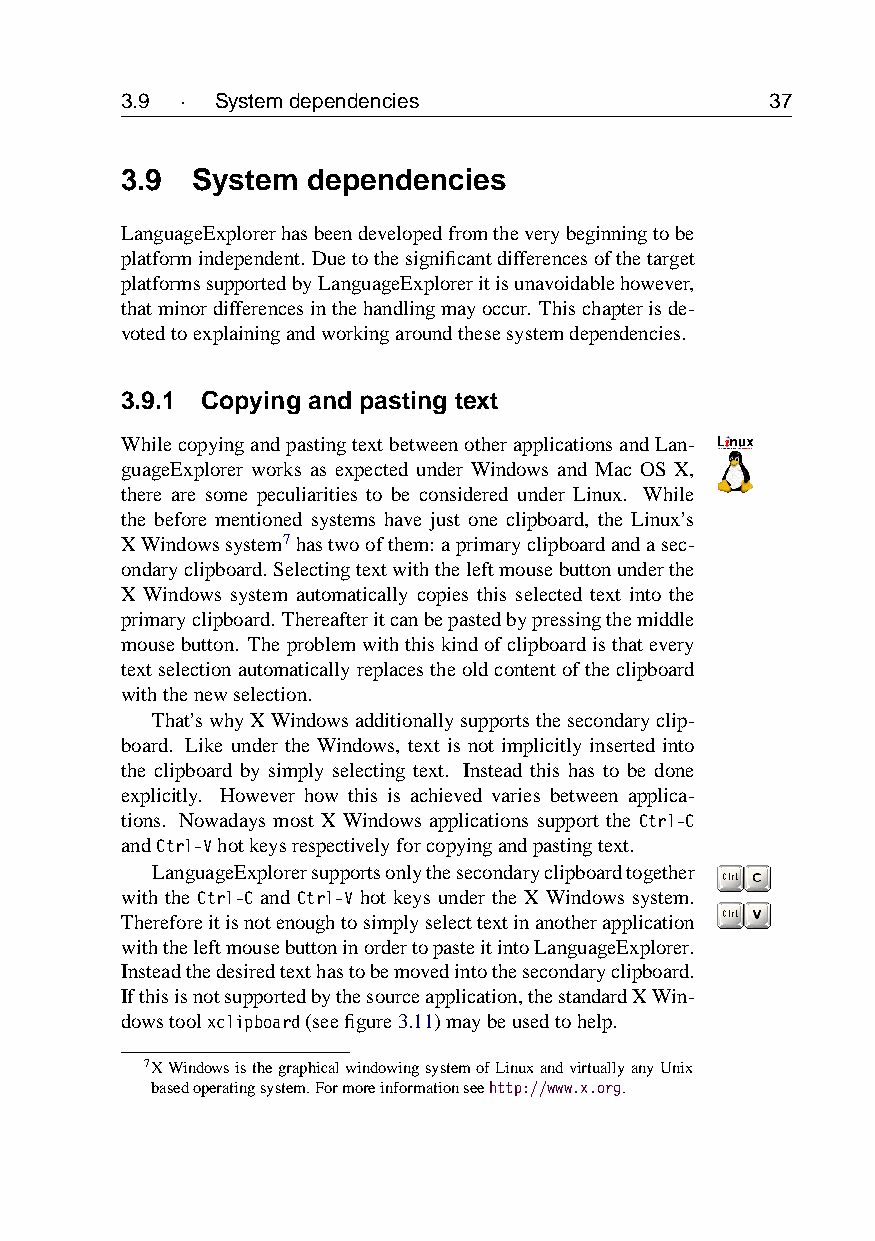
3.9 · Systemdependencies                   37
 3.9  System dependencies
 LanguageExplorerhasbeendevelopedfromtheverybeginningtobe
 platformindependent. Duetothesignificantdifferencesofthetarget
 platformssupportedbyLanguageExploreritisunavoidablehowever,
 thatminordifferencesinthehandlingmayoccur. Thischapterisde-
 votedtoexplainingandworkingaroundthesesystemdependencies.
 3.9.1 Copying and pasting text
 WhilecopyingandpastingtextbetweenotherapplicationsandLan-
 guageExplorer works as expected under Windows and Mac OS X,
 there are some peculiarities to be considered under Linux. While
 the before mentioned systems have just one clipboard, the Linux’s
 XWindowssystem7 hastwoofthem: aprimaryclipboardandasec-
 ondaryclipboard. Selectingtextwiththeleftmousebuttonunderthe
 X Windows system automatically copies this selected text into the
 primaryclipboard. Thereafteritcanbepastedbypressingthemiddle
 mousebutton. Theproblemwiththiskindofclipboardisthatevery
 textselectionautomaticallyreplacestheoldcontentoftheclipboard
 withthenewselection.
 That’swhyXWindowsadditionallysupportsthesecondaryclip-
 board. Like under the Windows, text is not implicitly inserted into
 the clipboard by simply selecting text. Instead this has to be done
 explicitly. However how this is achieved varies between applica-
 tions. Nowadays most X Windows applications support the Ctrl-C
 andCtrl-Vhotkeysrespectivelyforcopyingandpastingtext.
 LanguageExplorersupportsonlythesecondaryclipboardtogether
 with the Ctrl-C and Ctrl-V hot keys under the X Windows system.
 Thereforeitisnotenoughtosimplyselecttextinanotherapplication
 withtheleftmousebuttoninordertopasteitintoLanguageExplorer.
 Insteadthedesiredtexthastobemovedintothesecondaryclipboard.
 Ifthisisnotsupportedbythesourceapplication,thestandardXWin-
 dowstoolxclipboard(seefigure3.11)maybeusedtohelp.
 7XWindowsisthegraphicalwindowingsystemofLinuxandvirtuallyanyUnix
 basedoperatingsystem.Formoreinformationseehttp://www.x.org.